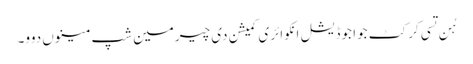
ہُن تسی کرکٹ جوا جوڈیشل انکوائری کمیشن دی چیرمین شپ مینوں دوو۔